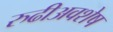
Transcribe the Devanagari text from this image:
रुढीअवशेष